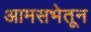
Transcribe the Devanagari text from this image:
आमसभेतून